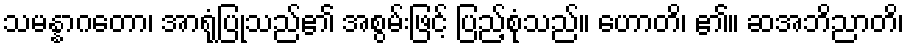
သမန္နာဂတော၊ အာရုံပြုသည်၏ အစွမ်းဖြင့် ပြည့်စုံသည်။ ဟောတိ၊ ၏။ ဆအဘိညာတိ၊